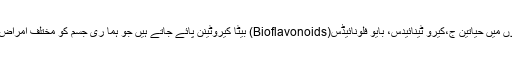
اس کے علاوہ اس گروپ کی سبزیوں اور پھلوں میں حیاتین ج،کیرو ٹینائیدس، بایو فلونائیڈس(Bioflavonoids) بیٹا کیروٹینن پائے جاتے ہیں جو ہما ری جسم کو مختلف امراض سے تحفط فراہم کرکے صحتمند رکھتے ہیں۔